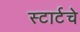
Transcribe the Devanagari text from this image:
स्टार्टचे